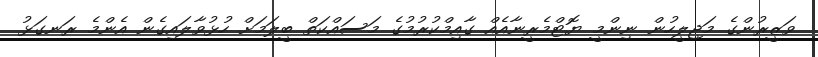
ވަޒީރުންގެ މަޖިލީހުން ނިންމީ ޔޮޓްމެރީނާއެއް ގާއިމްކުރުމުގެ މަސައްކަތް ބީލަމަށް ހުޅުވާލައިގެން އެންމެ ރަނގަޅު